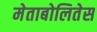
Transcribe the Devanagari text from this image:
मेताबोलितेस